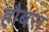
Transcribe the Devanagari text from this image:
हौबरा